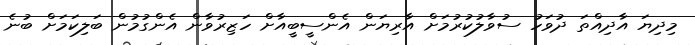
މިދިޔަ އާދިއްތަ ދުވަހު ސުވާލުކުރުމަށް އާރިޔަން އެންސީބީއާށް ހަޒިރުވާން އެންގުމުން ބަލިކަމަށް ބުނެ